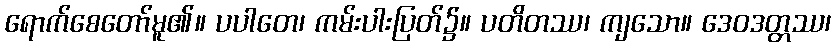
ရောက်စေတော်မူ၏။ ပပါတေ၊ ကမ်းပါးပြတ်၌။ ပတိတဿ၊ ကျသော။ ဒေဝဒတ္တဿ၊